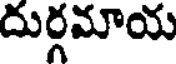
దుర్గమాయ